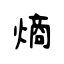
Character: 熵